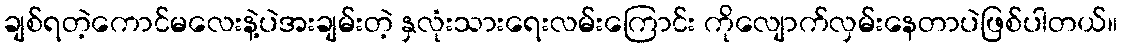
ချစ်ရတဲ့ကောင်မလေးနဲ့ပဲအးချမ်းတဲ့ နှလုံးသားရေးလမ်းကြောင်း ကိုလျောက်လှမ်းနေတာပဲဖြစ်ပါတယ်။